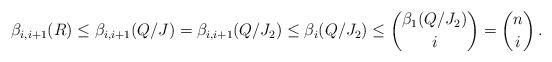
LaTeX: \begin{align*}\beta_{i,i+1}(R) \leq \beta_{i,i+1}(Q/J) = \beta_{i,i+1}(Q/J_{2} ) \leq \beta_{i}(Q/J_{2})\leq \binom{\beta_1(Q/J_{2})} i = \binom ni\,.\end{align*}